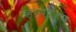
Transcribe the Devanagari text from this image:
इनग्राहम